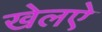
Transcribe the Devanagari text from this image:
खेलऐ